Indian journal of veterinary science and animal husbandry - Volume 7,
Year: 1937
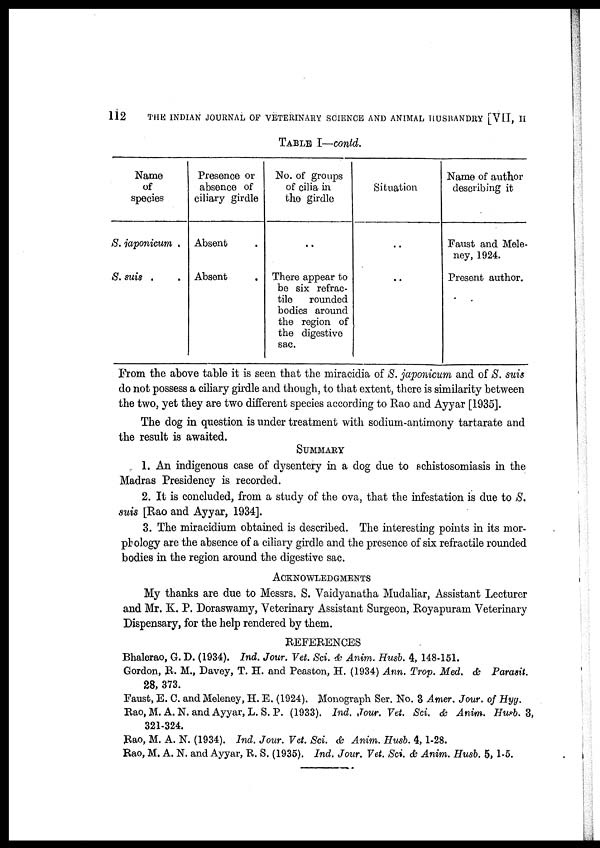
112
THE INDIAN JOURNAL OF VETERINARY SCIENCE AND ANIMAL HUSBANDRY [VII, II
TABLE I—contd.
Name
of
species
S. japonicum .
S. suis . .
Presence or
absence of
ciliary girdle
Absent .
Absent .
No. of groups
of cilia in
the girdle
. .
There appear to
be six refrac-
tile rounded
bodies around
the region of
the digestive
sac.
Situation
. .
. .
Name of author
describing it
Faust and Mele-
ney, 1924.
Present author.
From the above table it is seen that the miracidia of S. japonicum and of S. suis
do not possess a ciliary girdle and though, to that extent, there is similarity between
the two, yet they are two different species according to Rao and Ayyar [1935].
The dog in question is under treatment with sodium-antimony tartarate and
the result is awaited.
SUMMARY
1. An indigenous case of dysentery in a dog due to schistosomiasis in the
Madras Presidency is recorded.
2. It is concluded, from a study of the ova, that the infestation is due to S.
suis [Rao and Ayyar, 1934].
3. The miracidium obtained is described. The interesting points in its mor-
phology are the absence of a ciliary girdle and the presence of six refractile rounded
bodies in the region around the digestive sac.
ACKNOWLEDGEMENTS
My thanks are due to Messrs. S. Vaidyanatha Mudaliar, Assistant Lecturer
and Mr. K. P. Doraswamy, Veterinary Assistant Surgeon, Royapuram Veterinary
Dispensary, for the help rendered by them.
REFERENCES
Bhalerao, G. D. (1934). Ind. Jour. Vet. Sci. & Anim. Husb. 4, 148-151.
Gordon, R. M., Davey, T. H. and Peaston, H. (1934) Ann. Trop. Med. & Parasit.
28, 373.
Faust, E. C. and Meleney, H. E. (1924). Monograph Ser. No. 3 Amer. Jour. of Hyg.
Rao, M.A.N. and Ayyar, L. S. P. (1933). Ind. Jour. Vet. Sci. & Anim. Husb. 3,
321-324.
Rao, M. A. N. (1934). Ind. Jour. Vet. Sci. & Anim. Husb. 4, 1-28.
Rao, M. A. N. and Ayyar, R. S. (1935). Ind. Jour. Vet. Sci. & Anim. Husb. 5, 1-5.